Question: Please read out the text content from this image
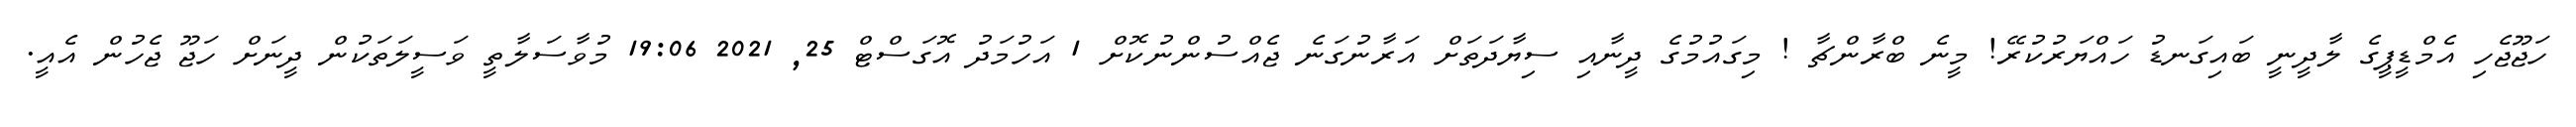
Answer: ހަޖޫޖެހި އެމްޑީޕީގެ ލާދީނީ ބައިގަނޑު ހައްޔަރުކުރޭ! މީނެ ބްރާންޗާ ! މިގައުމުގެ ދީނާއި ސިޔާދަތަށް އަރާނުގަނެ ޖެއްސުންނުކޮށް 1 އަހުމަދު އޮގަސްޓް 25, 2021 19:06 މުވާސަލާތީ ވަސީލަތަކުން ދީނަށް ހަޖޫ ޖެހުން އެއީ.